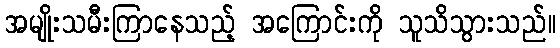
အမျိုးသမီးကြာနေသည့် အကြောင်းကို သူသိသွားသည်။